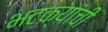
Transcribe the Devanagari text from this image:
भटक्यांची